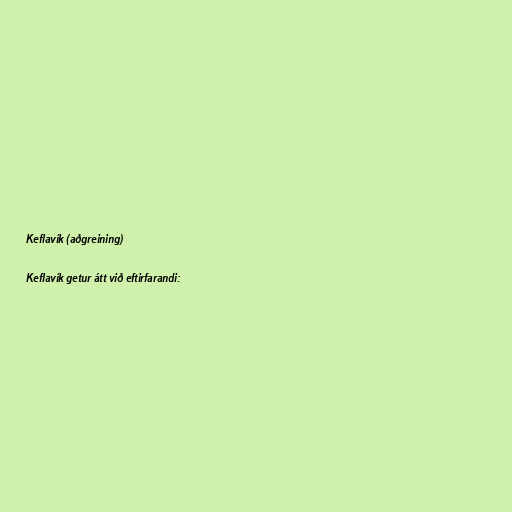
Keflavík (aðgreining)

Keflavík getur átt við eftirfarandi: